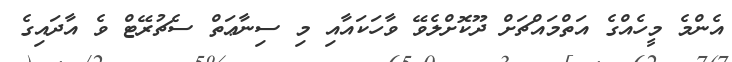
އެންމެ މީހެއްގެ އަތްމައްޗަށް ދޫކޮށްލެވޭ ވާހަކައާއި މި ސިނާޢަތް ސެޗުރޭޓް ވެ އާދައިގެ